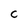
Character: c